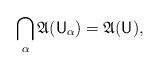
LaTeX: \begin{align*} \bigcap_\alpha \mathfrak A(\mathsf U_\alpha) = \mathfrak A(\mathsf U), \end{align*}